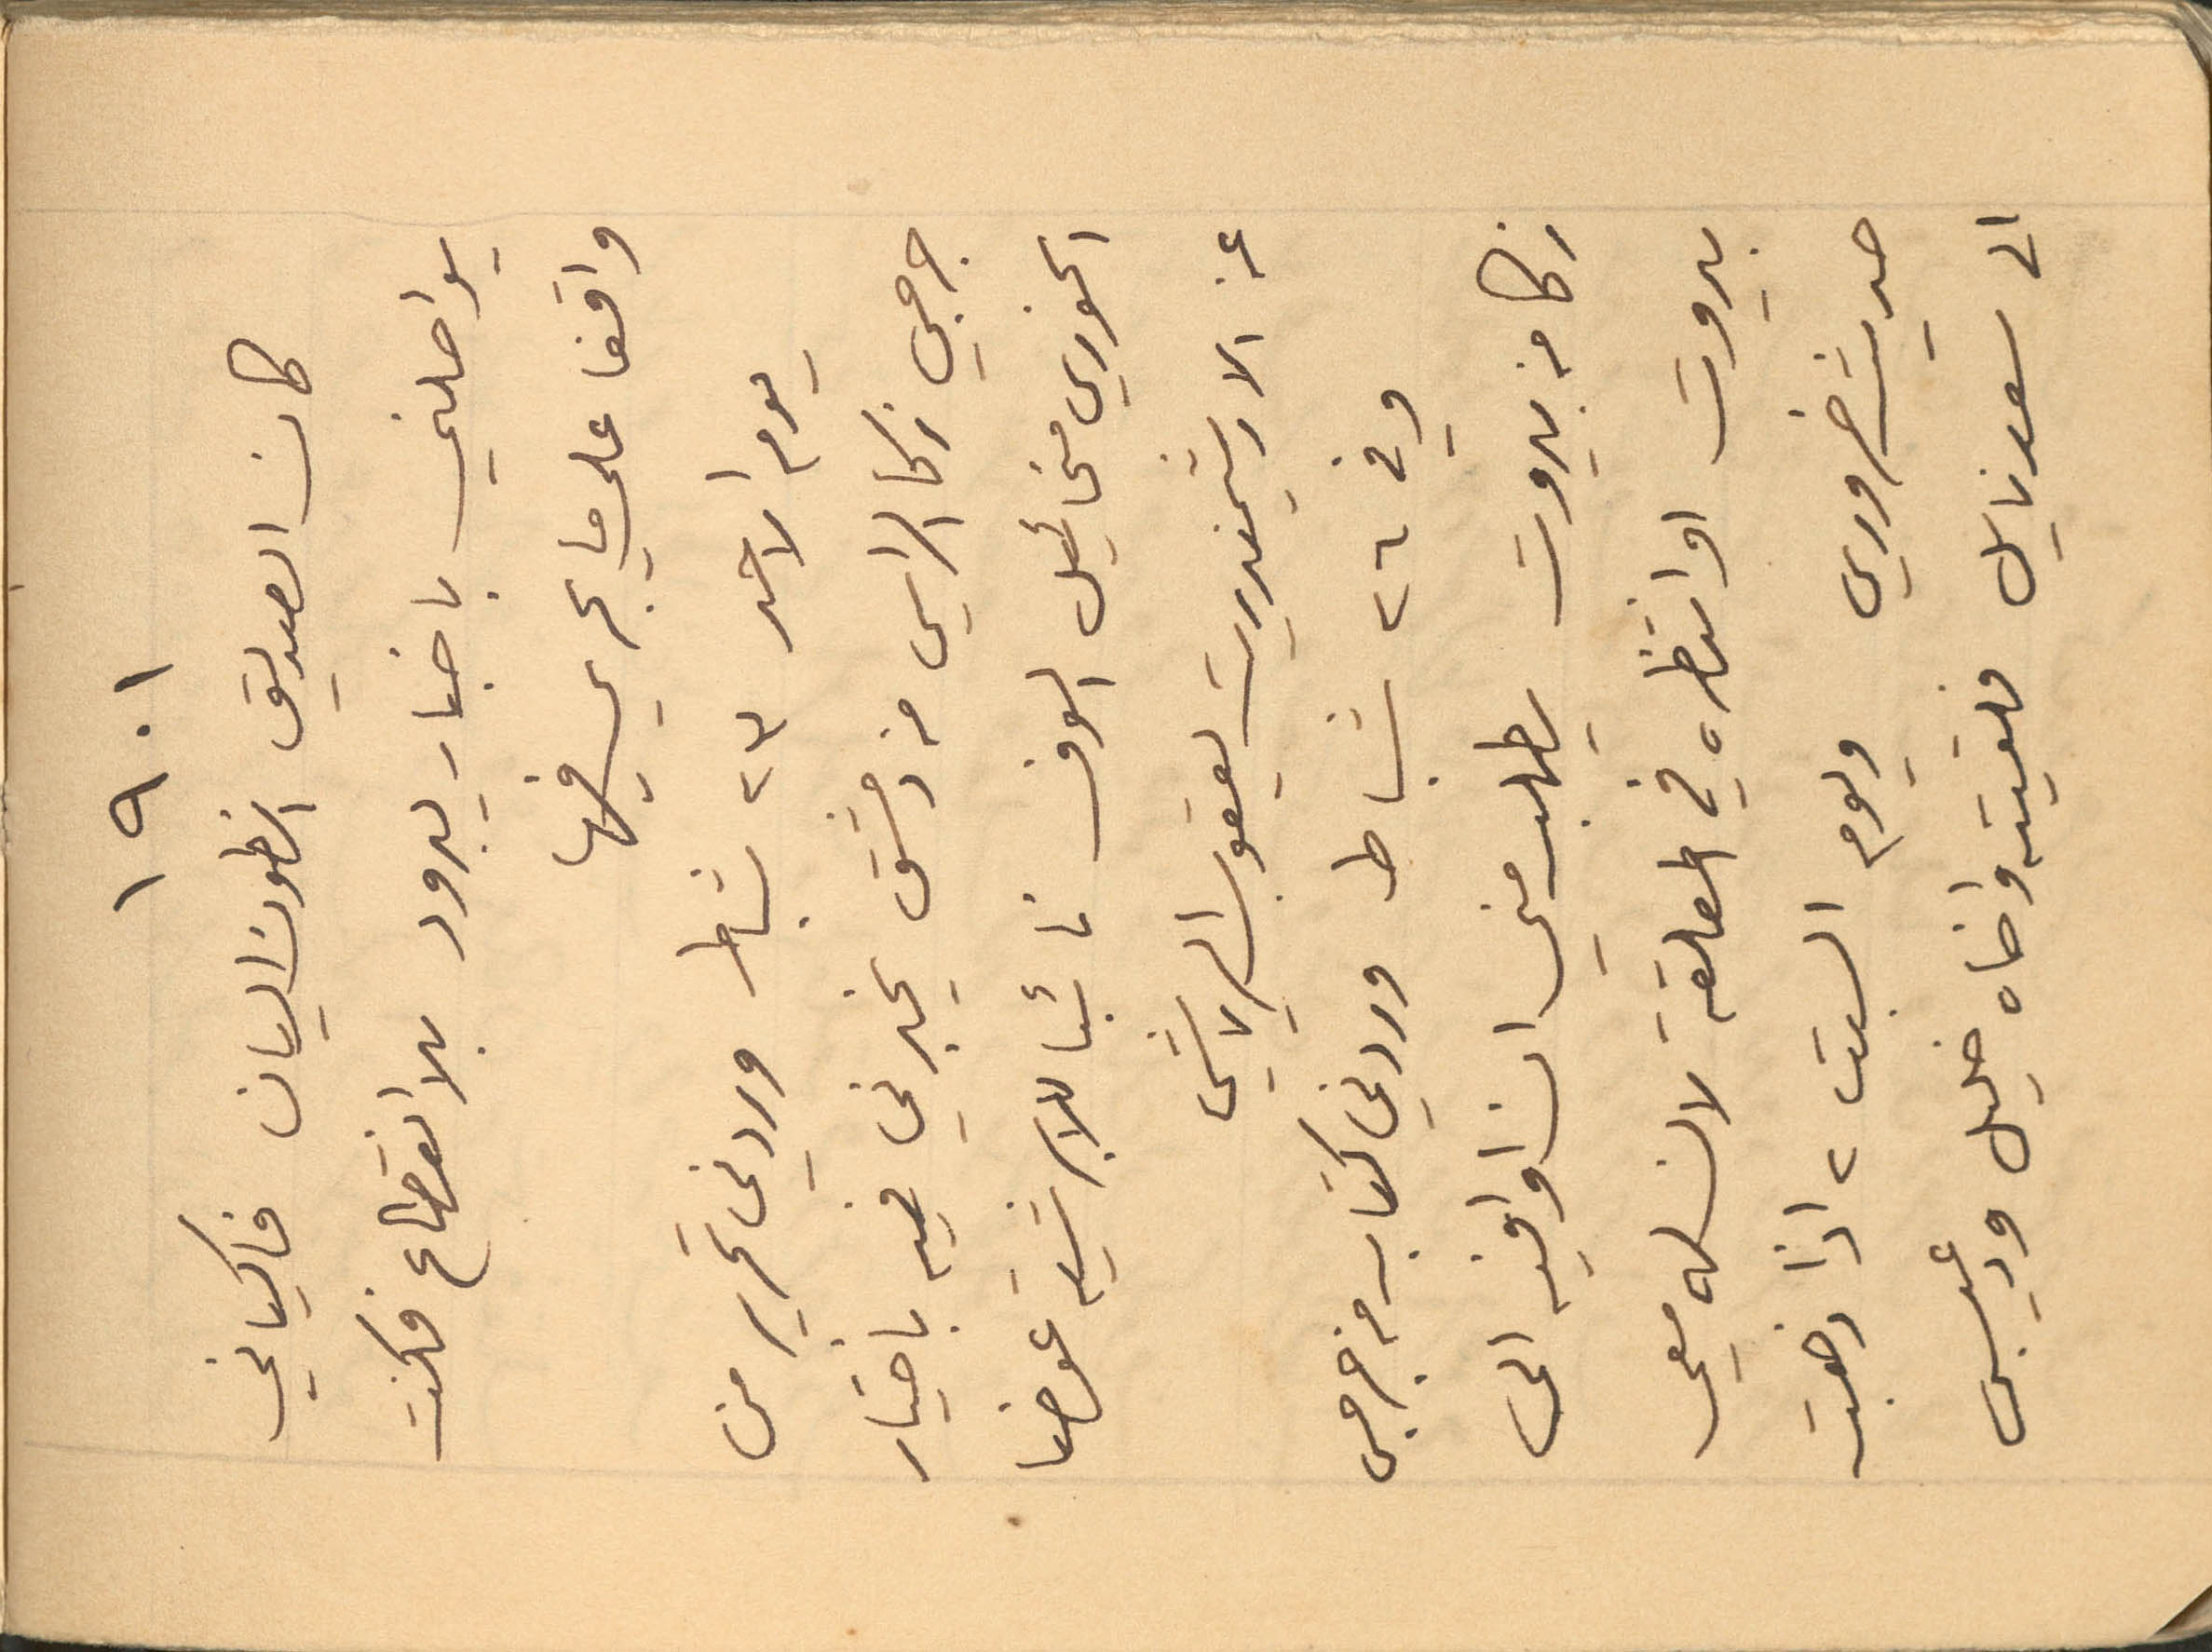
١٩٠١
كان الصديق انطون اليان فاكياني
يواصلني باخبار يبرود بلا انقطاع فكنت
واقفا على ما يجري فيها
يوم الاحد ٢٣ شباط وردني تحرير من
جرجي زكا الراسي من دمشق يخبرني فيه بأختيار
الخوري مخائيل الوف نائبا للابرشية عوضا
عن الارشمندريت يعقوب الرياشي
وفي ٢٦ شباط وردني كتاب من جرجس
زكا من بيروت يطلب مني ان اوافيه الى
بيروت او انتظره في المعلقة لان له معي
حديث ضروري ويوم السبت ٢ اذا ذهبت
الى سعدنايل فلقيته واخاه خليل ودعيبس